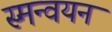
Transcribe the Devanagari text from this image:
स्मन्वयन